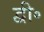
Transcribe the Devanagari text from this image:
द्वी॰